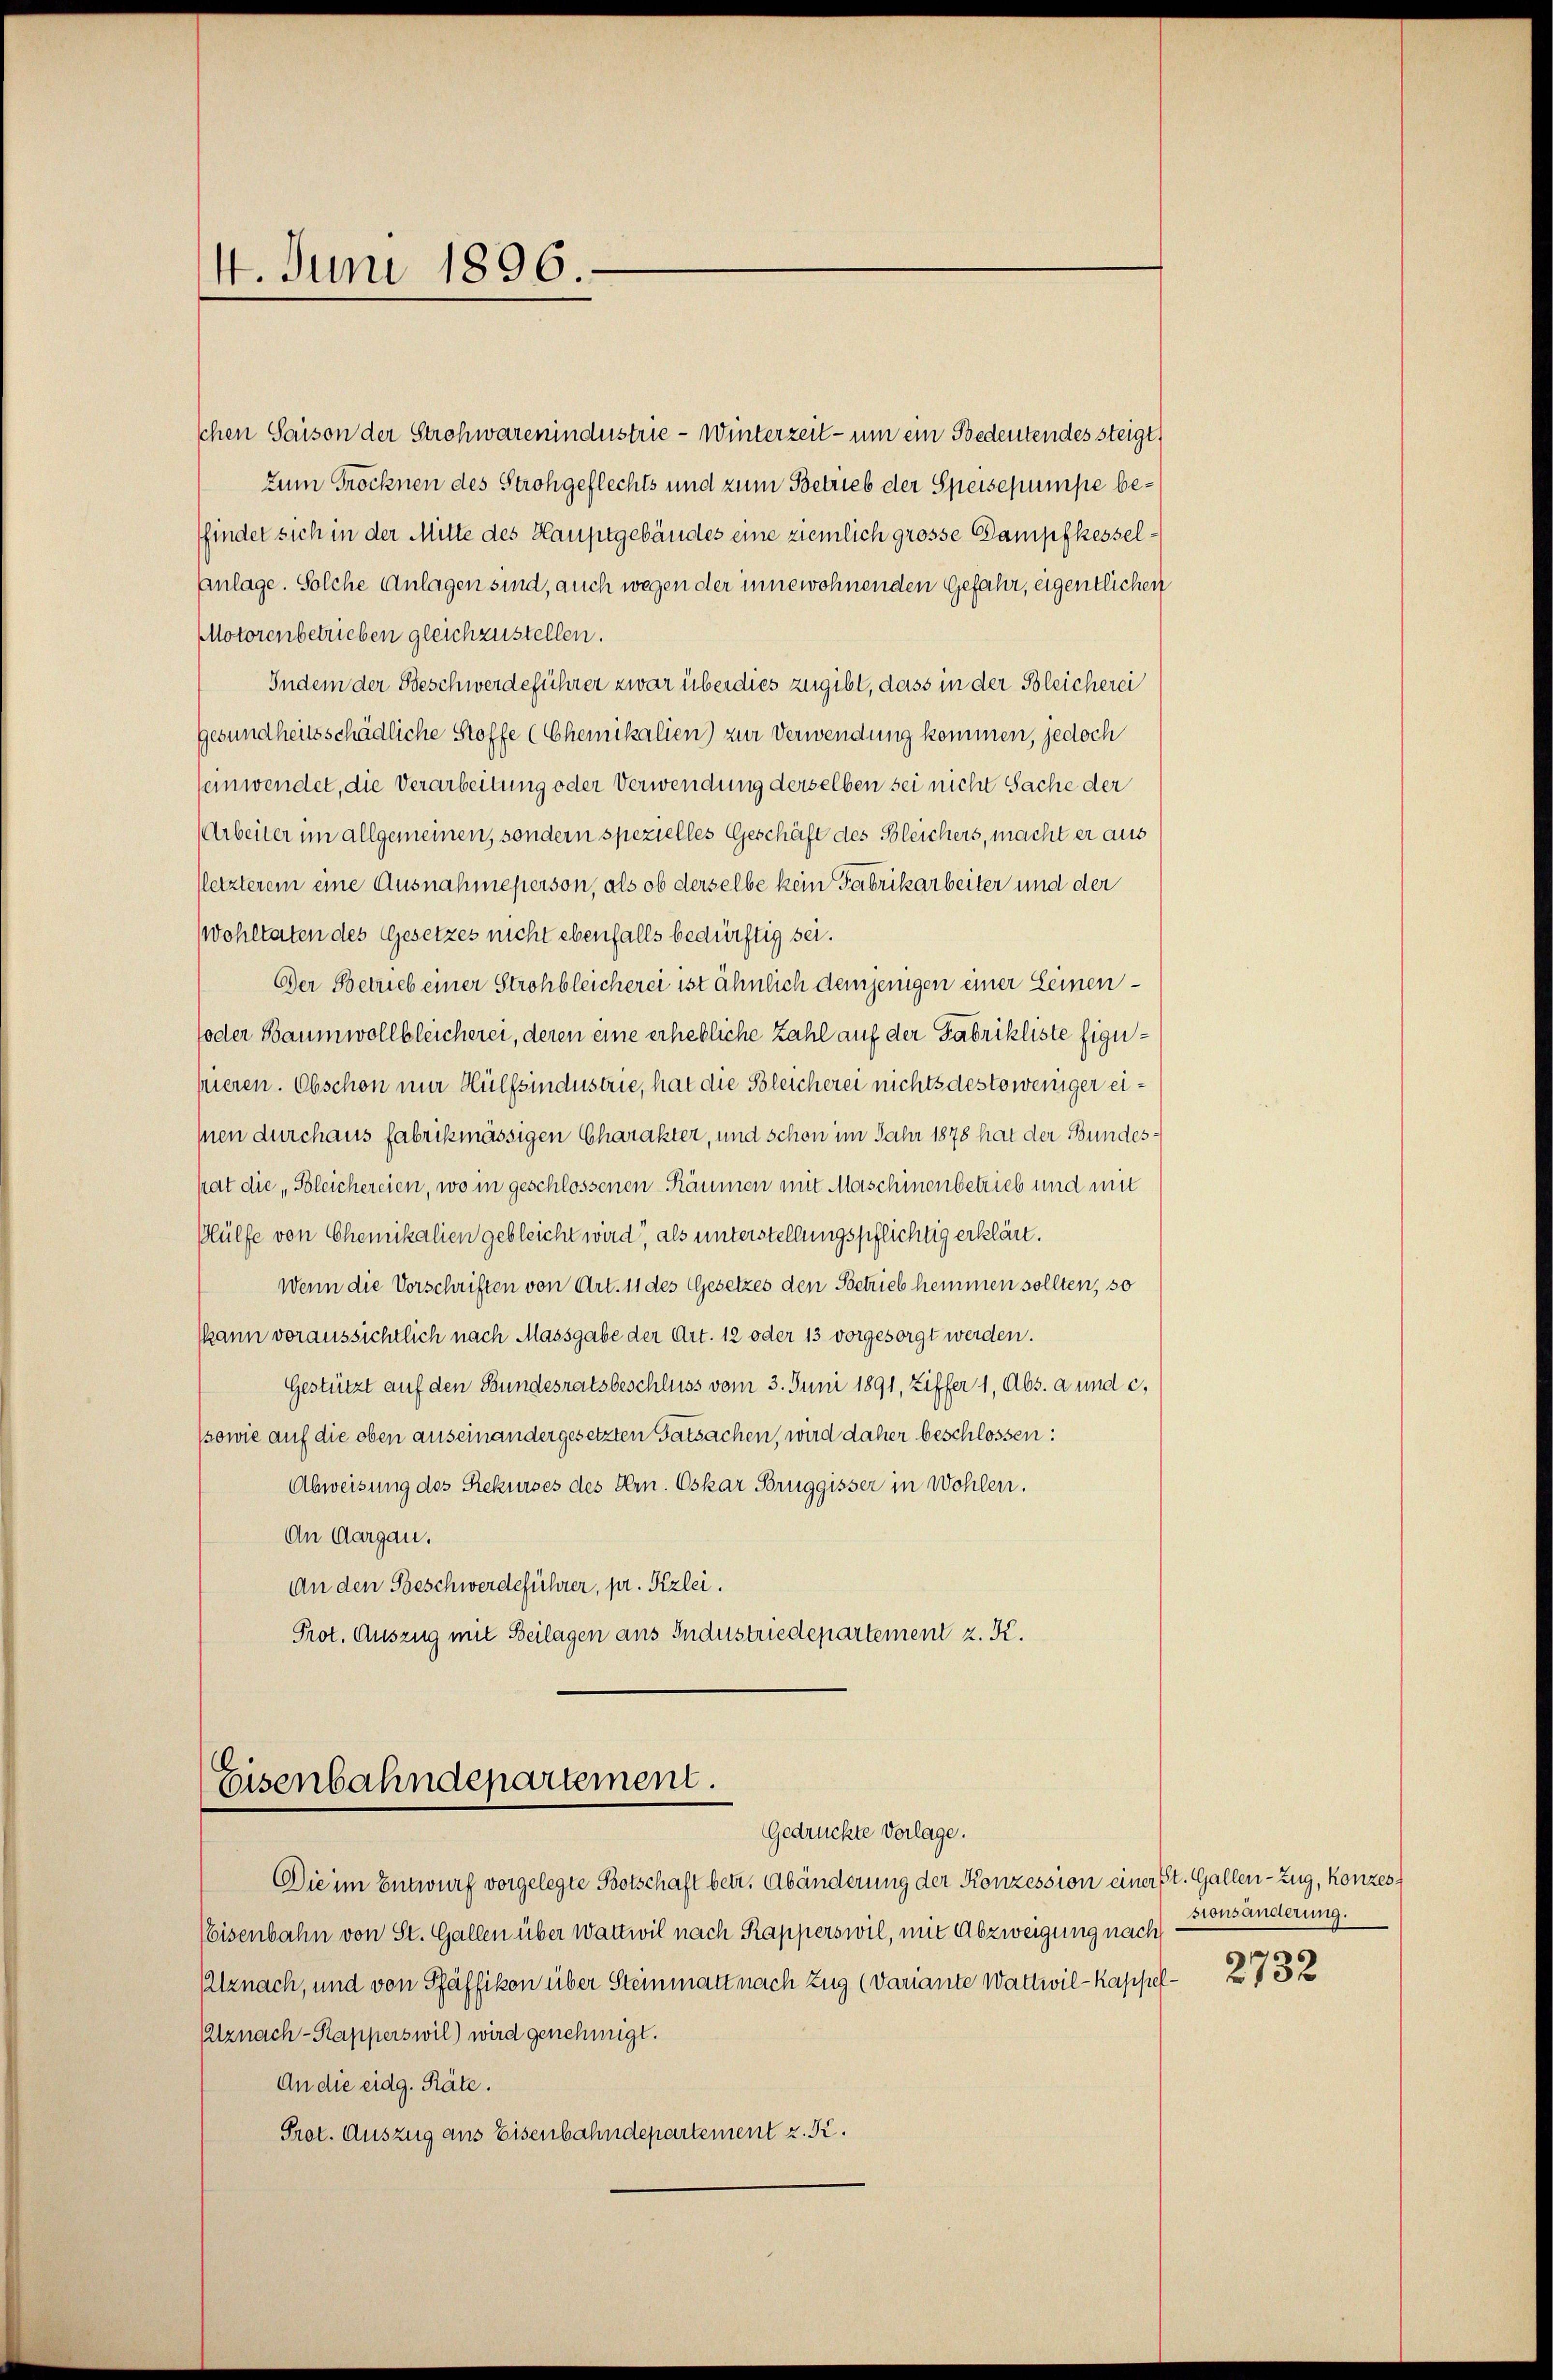
14. Juni 1896

schen Saison der Strohwarenindustrie - Winterzeit - um ein Bedeutendes steigt,
zum Trocknen des Strohgeflechts und zum Betrieb der Speisepumpe beffindet sich in der Mitte des Hauptgebäudes eine ziemlich grosse Dampfkessel¬
Anlage. Solche Anlagen sind, auch wegen der innewohnenden Gefahr, eigentlichen
Motorenbetrieben gleichzustellen.
Indem der Beschwerdeführer zwar überdies zugibt, dass in der Bleicherei
gesundheitsschädliche Stoffe (Chemikalien) zur Verwendung kommen, jedoch
einwendet, die Verarbeitung oder Verwendung derselben sei nicht Sache der
Arbeiter im allgemeinen, sondern spezielles Geschäft des Bleichers, macht er aus
(letzterem eine Ausnahmeperson, als ob derselbe kein Fabrikarbeiter und der
Wohltaten des Gesetzes nicht ebenfalls bedürftig sei.
Der Betrieb einer Strohbleicherei ist ähnlich demjenigen einer Leinen¬
(oder Baumwollbleicherei, deren eine erhebliche Zahl auf der Fabrikliste figupieren. Obschon mir Hülfsindustrie, hat die Bleicherei nichtsdestoweniger ei¬
Inen durchaus fabrikmässigen Charakter, und schon im Jahr 1878 hat der Bundeshat die „Bleichereien, wo in geschlossenen Räumen mit Maschinenbetrieb und mit
Hülfe von Chemikalien gebleicht wird, als unterstellungspflichtig erklärt.
Wenn die Vorschriften von Art. 11 des Gesetzes den Betrieb hemmen sollten, so
(kann voraussichtlich nach Massgabe der Art. 12 oder 13 vorgesorgt werden.
Gestützt auf den Bundesratsbeschluss vom 3. Juni 1891, Ziffer 1, Abs. a und c,
ssowie auf die oben auseinandergesetzten Tatsachen, wird daher beschlossen:
Abweisung des Rekurses des Hrn. Oskar Bruggisser in Wohlen.
An Aargau.
An den Beschwerdeführer, pr. Kzlei.
Prot. Auszug mit Beilagen aus Industriedepartement z. K.

Eisenbahndepartement
Gedrückte Vorlage.

Die im Entwurf vorgelegte Botschaft betr. Abänderung der Konzession einer St. Gallen-Zug, Konzes
Eisenbahn von St. Gallen über Wattwil nach Rapperswil, mit Abzweigung nach
lznach, und von Pfäffikon über Steinmatt nach Zug (Variante Wattwil-Kappel¬
Alznach-Kapperswil) wird genehmigt.
An die eidg. Räte.
Prot. Auszug aus Eisenbahndepartement z. Kr.

sionsänderung.

2732